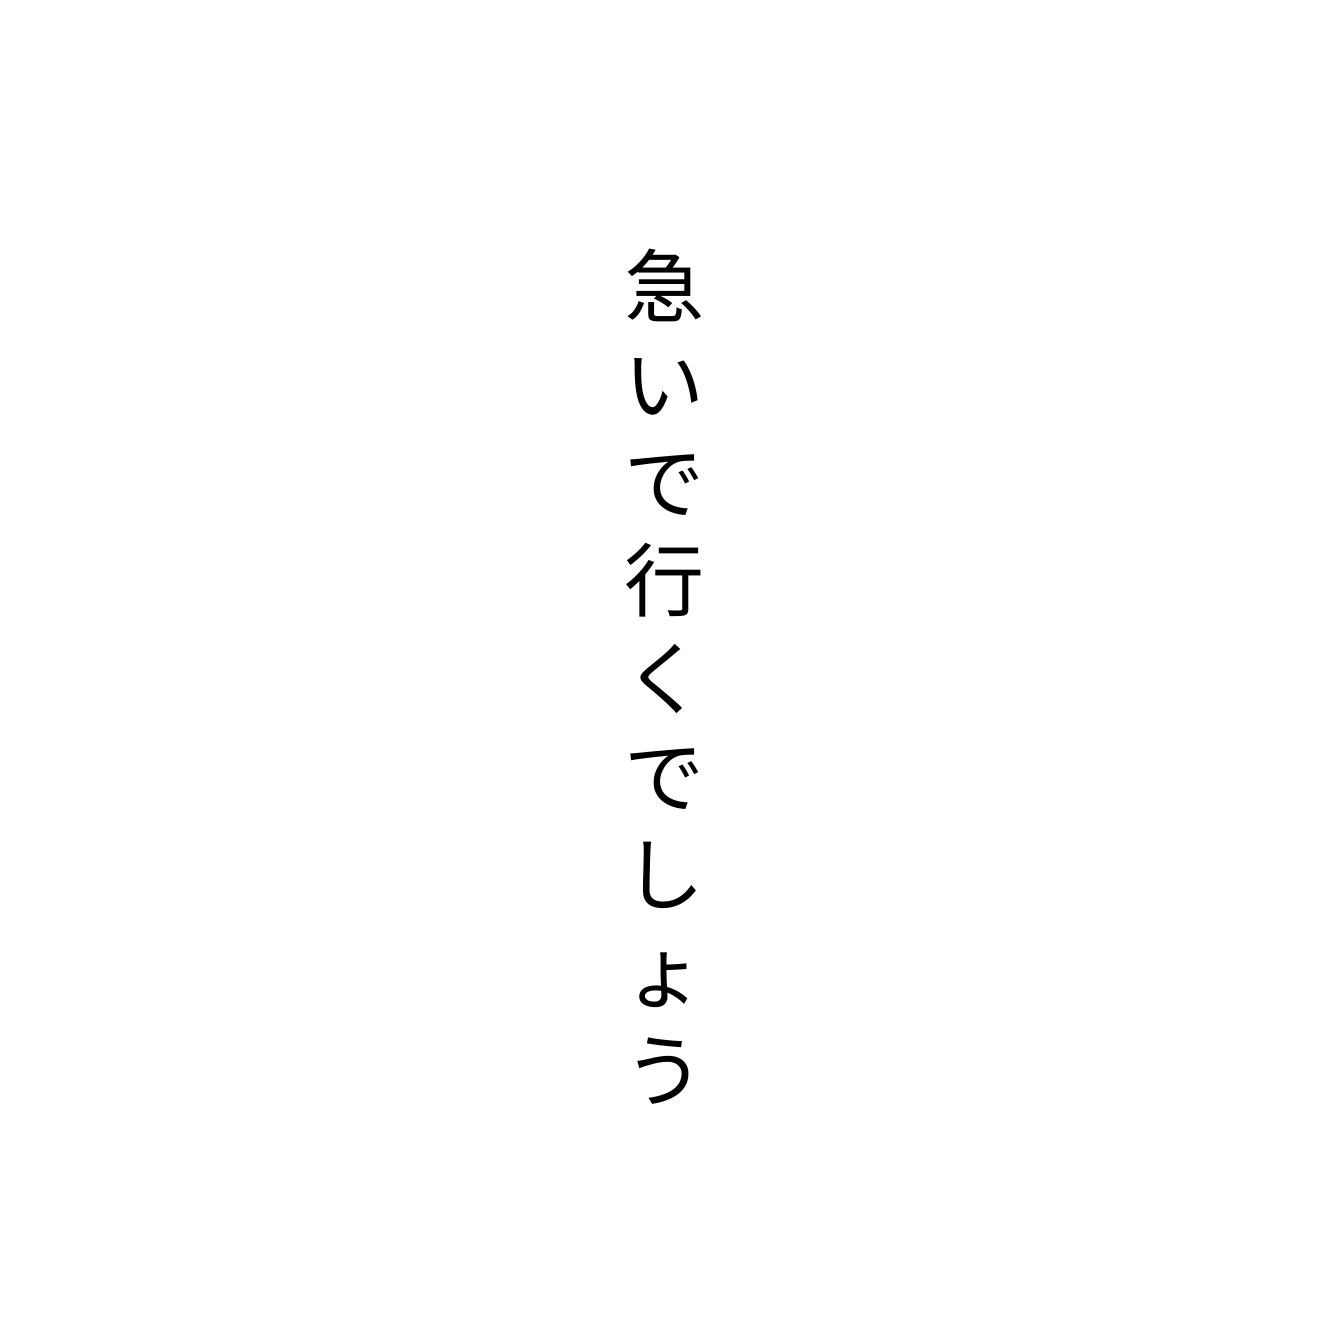
急いで行くでしょう